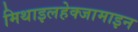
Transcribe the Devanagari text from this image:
मिथाइलहेक्जामाइन